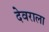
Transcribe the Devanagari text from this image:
देवराला